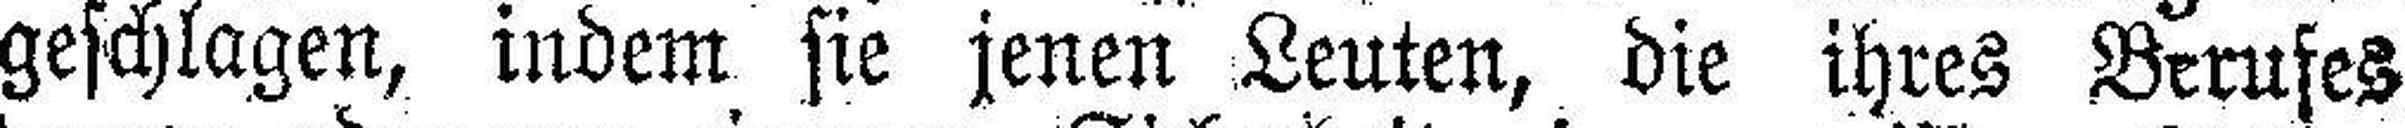
geschlagen, indem sie jenen Leuten, die ihres Berufes